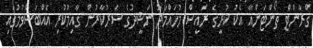
ގްރާންޓް ތޯންޓަންއާ އެކު ކުރީގެ ރައީސް މުހައްމަދު ނަޝީދުގެ ސަރުކާރުން ގާއިމުކުރި އެއްބަސްވުމުގައި